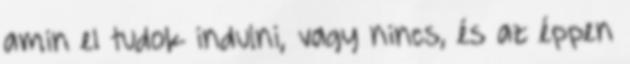
amin el tudok indulni, vagy nincs, és az éppen